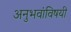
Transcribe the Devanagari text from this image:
अनुभवांविषयी